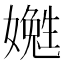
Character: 嬔